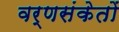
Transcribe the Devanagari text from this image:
वर्णसंकेतों